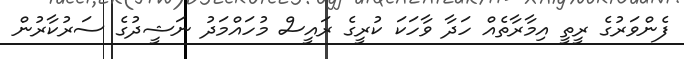
ފެންވަރުގެ ރީތީ އިމާރާތެއް ހަދާ ވާހަކަ ކުރީގެ ރައީސް މުހައްމަދު ނަޝީދުގެ ސަރުކާރުން